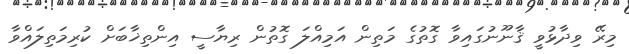
މިރޭ ވިދާޅުވީ ޤާނޫނުގައިވާ ގޮތުގެ މަތިން އަމިއްލަ ގޮތުން ރިޔާސީ އިންތިޚާބަށް ކުރިމަތިލައްވާ